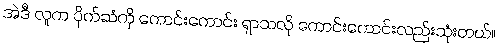
အဲဒီ လူက ပိုက်ဆံကို ကောင်းကောင်း ရှာသလို ကောင်းကောင်းလည်းသုံးတယ်။